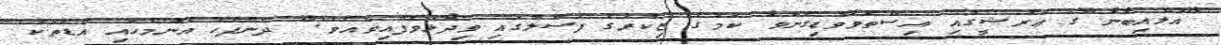
"އަލްއިބާނާ"ގެ ޢަރުޝީގައި އިސްތަވާވޮޑިގެންވާ ކަމުގެ ޒިކުރުގެ ފަސްލުގައި ވިދާޅުވެފައިވެއެވެ:" ދެންފަހެ އެންމެހައި އުޑުތަކު